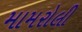
મામરોલી